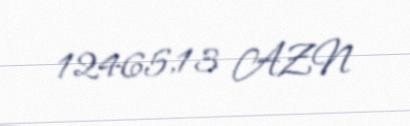
12465,13 AZN